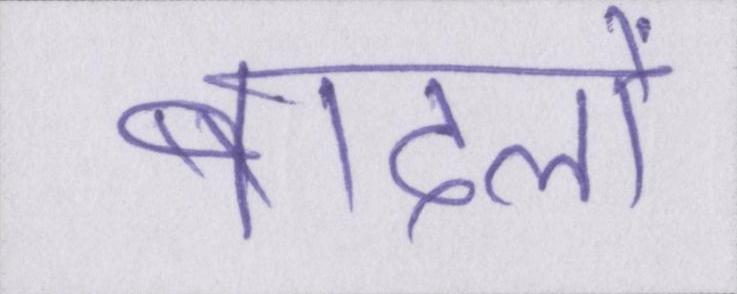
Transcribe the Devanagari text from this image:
बादलों